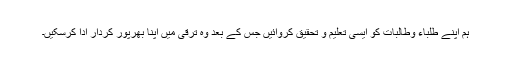
ہم اپنے طلباء وطالبات کو ایسی تعلیم و تحقیق کروائیں جس کے بعد وہ ترقی میں اپنا بھرپور کردار ادا کرسکیں۔